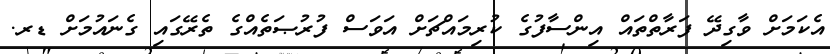
އެކަމަށް ވާގިދޭ ފަރާތްތައް އިންސާފުގެ ކުރިމައްޗަށް އަވަސް ފުރުޞަތެއްގެ ތެރޭގައި ގެނައުމަށް ޑރ.